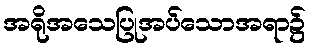
အရိုအသေပြုအပ်သောအရာ၌